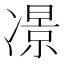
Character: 𠘉